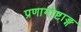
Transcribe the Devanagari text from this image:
प्रणामोष्टाङ्ग